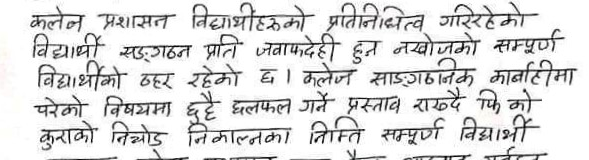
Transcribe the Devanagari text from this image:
कलेन प्रशासन विद्यार्थीहरुको प्रतिनिधित्व गरिरहेको
विद्यार्थी सङ्‌गठन प्रति जवाफदेही हुन नखोजको सम्पूर्ण
विद्यार्थीको ठहर रहेको छ । कलेज साङ्‌गठनिक कार्बाहीमा
परेको विषयमा छुट्टै छलफल गर्ने प्रस्ताव राख्दै फि को
कुराको निचोड निकाल्नका निम्ति सम्पूर्ण विद्यार्थी
لا